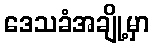
ဒေသခံအချို့မှာ